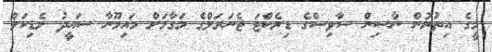
މީގެ އިތުރުން ނާސިން ސާވިސްގެ ޑިރެކްޓަ ޖެނަރަލްގެ މަގާމަށް މައިމޫނާ ސައީދު މެޑިކަލް